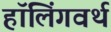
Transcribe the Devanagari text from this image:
हॉलिंगवर्थ